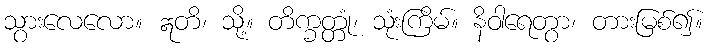
သွားလေလော။ ဣတိ၊ သို့။ တိက္ခတ္တုံ၊ သုံးကြိမ်။ နိဝါရေတွာ၊ တားမြစ်၍။